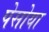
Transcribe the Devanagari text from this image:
पेसोया